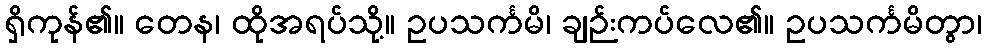
ရှိကုန်၏။ တေန၊ ထိုအရပ်သို့။ ဥပသင်္ကမိ၊ ချဉ်းကပ်လေ၏။ ဥပသင်္ကမိတွာ၊